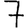
Digit: 7